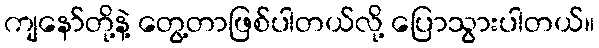
ကျနော်တို့နဲ့ တွေ့တာဖြစ်ပါတယ်လို့ ပြောသွားပါတယ်။